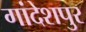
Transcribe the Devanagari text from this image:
गांदेशपुर